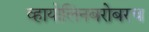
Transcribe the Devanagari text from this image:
व्हायोलिनबरोबरच